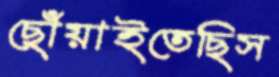
ছোঁয়াইতেছিস